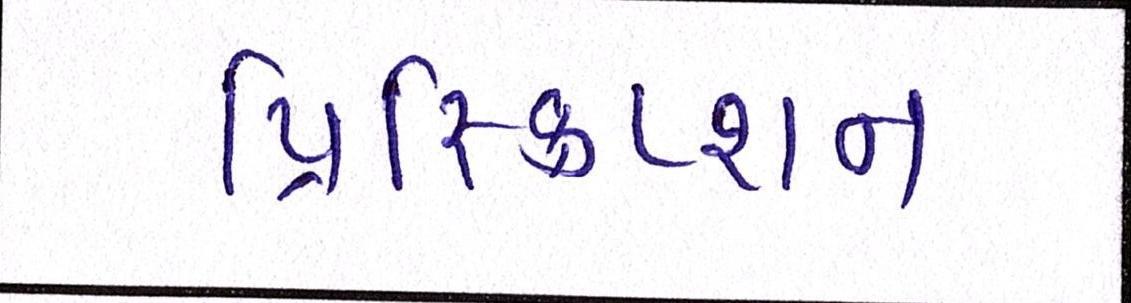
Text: પ્રિસ્ક્રિપ્શન